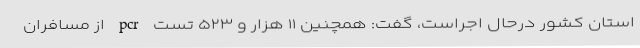
استان کشور درحال اجراست، گفت: همچنین ۱۱ هزار و ۵۲۳ تست pcr از مسافران